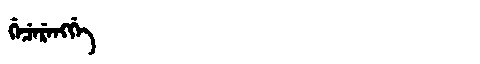
Manchu: ᡤᡝᠴᡝᡵᡝᠩᡤᡝ
Romanization: GECERENGGE